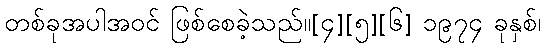
တစ်ခုအပါအဝင် ဖြစ်စေခဲ့သည်။[၄][၅][၆] ၁၉၇၄ ခုနှစ်၊